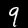
Digit: 9